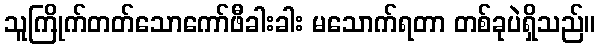
သူကြိုက်တတ်သောကော်ဖီခါးခါး မသောက်ရတာ တစ်ခုပဲရှိသည်။